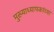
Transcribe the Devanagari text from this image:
मुख्याध्यापकांच्या